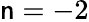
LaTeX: \mathsf{n}=-2